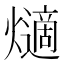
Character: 𤑦